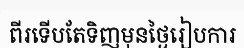
ពីរទើបតែទិញមុនថ្ងៃរៀបការ